Plague in India, 1896, 1897 - Volume 1
Year: 1896
Disease focus: Plague
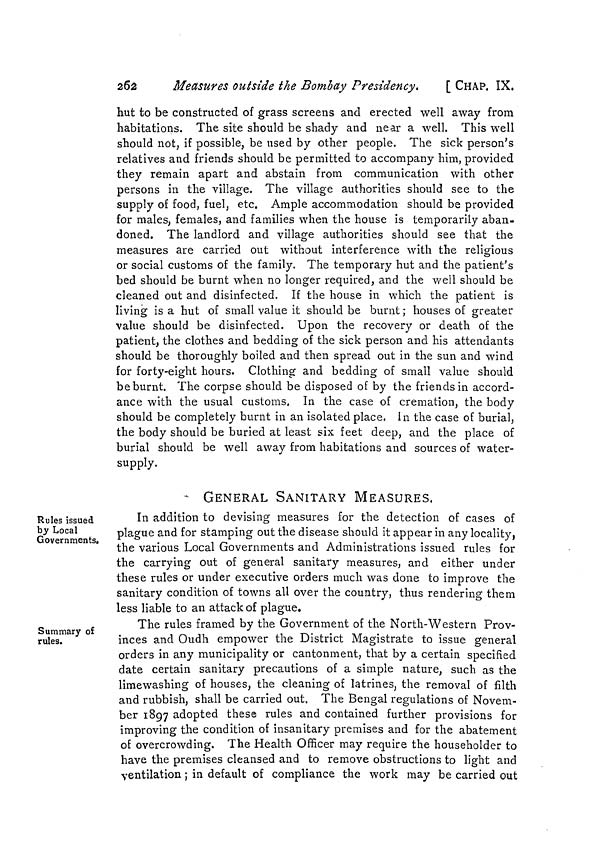
262
Measures outside the Bombay Presidency.
[ CHAP. IX.
hut to be constructed of grass screens and erected well away from
habitations. The site should be shady and near a well. This well
should not, if possible, be used by other people. The sick person's
relatives and friends should be permitted to accompany him, provided
they remain apart and abstain from communication with other
persons in the village. The village authorities should see to the
supply of food, fuel, etc. Ample accommodation should be provided
for males, females, and families when the house is temporarily aban-
doned. The landlord and village authorities should see that the
measures are carried out without interference with the religious
or social customs of the family. The temporary hut and the patient's
bed should be burnt when no longer required, and the well should be
cleaned out and disinfected. If the house in which the patient is
living is a hut of small value it should be burnt; houses of greater
value should be disinfected. Upon the recovery or death of the
patient, the clothes and bedding of the sick person and his attendants
should be thoroughly boiled and then spread out in the sun and wind
for forty-eight hours. Clothing and bedding of small value should
be burnt. The corpse should be disposed of by the friends in accord-
ance with the usual customs. In the case of cremation, the body
should be completely burnt in an isolated place. In the case of burial,
the body should be buried at least six feet deep, and the place of
burial should be well away from habitations and sources of water-
supply.
GENERAL SANITARY MEASURES.
Rules issued
by Local
Governments.
In addition to devising measures for the detection of cases of
plague and for stamping out the disease should it appear in any locality,
the various Local Governments and Administrations issued rules for
the carrying out of general sanitary measures, and either under
these rules or under executive orders much was done to improve the
sanitary condition of towns all over the country, thus rendering them
less liable to an attack of plague.
Summary of
rules.
The rules framed by the Government of the North-Western Prov-
inces and Oudh empower the District Magistrate to issue general
orders in any municipality or cantonment, that by a certain specified
date certain sanitary precautions of a simple nature, such as the
limewashing of houses, the cleaning of latrines, the removal of filth
and rubbish, shall be carried out. The Bengal regulations of Novem-
ber 1897 adopted these rules and contained further provisions for
improving the condition of insanitary premises and for the abatement
of overcrowding. The Health Officer may require the householder to
have the premises cleansed and to remove obstructions to light and
ventilation; in default of compliance the work may be carried out